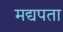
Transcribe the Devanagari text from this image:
मद्यपता